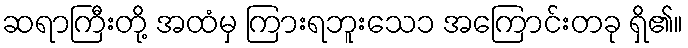
ဆရာကြီးတို့ အထံမှ ကြားရဘူးသေ၁ အကြောင်းတခု ရှိ၏။